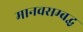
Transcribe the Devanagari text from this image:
मानवसम्बद्ध